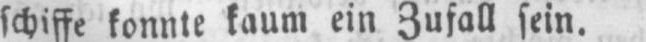
schiffe konnte kaum ein Zufall sein.